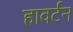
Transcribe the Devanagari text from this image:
हावर्टन